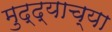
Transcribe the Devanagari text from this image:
मुद्द्याच्‍या